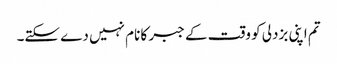
تم اپنی بزدلی کو وقت کے جبر کا نام نہیں دے سکتے۔